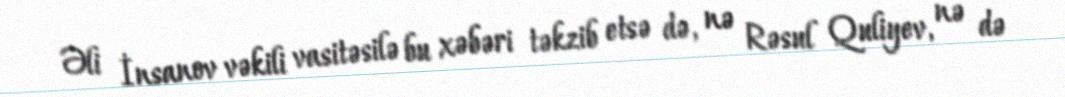
Əli İnsanov vəkili vasitəsilə bu xəbəri təkzib etsə də, nə Rəsul Quliyev, nə də